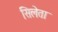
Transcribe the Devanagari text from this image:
सिलेता